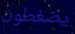
يضغطون